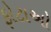
ફોટાઓ